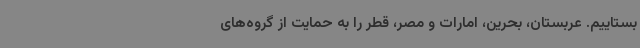
بستاییم. عربستان، بحرین، امارات و مصر، قطر را به حمایت از گروه‌های